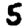
Digit: 5